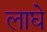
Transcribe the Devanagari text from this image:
लाघे